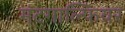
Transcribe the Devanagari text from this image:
मंटगाल्फियर